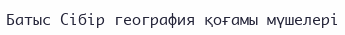
Батыс Сібір география қоғамы мүшелері